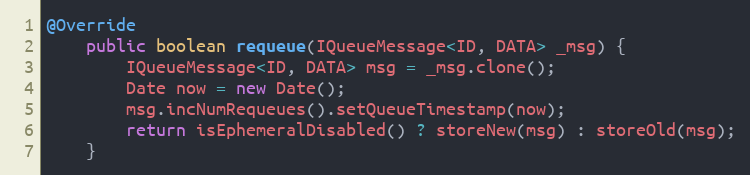
Language: Java
@Override
    public boolean requeue(IQueueMessage<ID, DATA> _msg) {
        IQueueMessage<ID, DATA> msg = _msg.clone();
        Date now = new Date();
        msg.incNumRequeues().setQueueTimestamp(now);
        return isEphemeralDisabled() ? storeNew(msg) : storeOld(msg);
    }